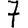
Digit: 7